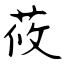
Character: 莜